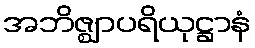
အဘိဇ္ဈာပရိယုဋ္ဌာနံ